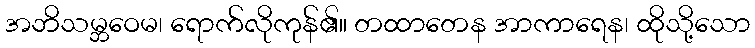
အဘိသမ္ဘဝေမ၊ ရောက်လိုကုန်၏။ တထာတေန အာကာရေန၊ ထိုသို့သော